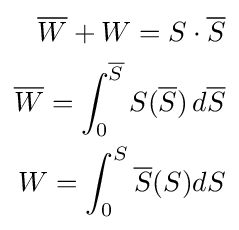
{\begin{aligned}{\overline {W}}+W=S\cdot {\overline {S}}\\{\overline {W}}=\int _{0}^{\overline {S}}S({\overline {S}})\,d{\overline {S}}\\W=\int _{0}^{S}{\overline {S}}(S)dS\end{aligned}}